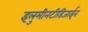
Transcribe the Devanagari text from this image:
इलुमीनटीडिजाईन